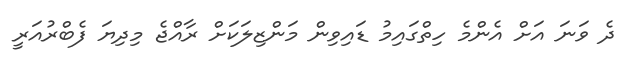
ދެ ވަނަ އަށް އެންމެ ހިތްގައިމު ޑައިވިން މަންޒިލަކަށް ރާއްޖެ މިދިޔަ ފެބްރުއަރީ